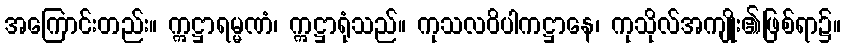
အကြောင်းတည်း။ ဣဋ္ဌာရမ္မဏံ၊ ဣဋ္ဌာရုံသည်။ ကုသလဝိပါကဋ္ဌာနေ၊ ကုသိုလ်အကျိုး၏ဖြစ်ရာ၌။